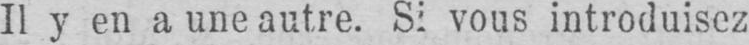
Il y en a une autre. Si vous introduisez